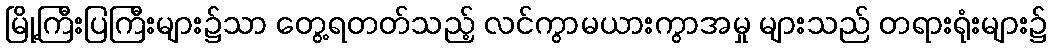
မြို့ကြီးပြကြီးများ၌သာ တွေ့ရတတ်သည့် လင်ကွာမယားကွာအမှု များသည် တရားရုံးများ၌